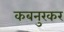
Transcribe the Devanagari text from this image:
कबनुरकर